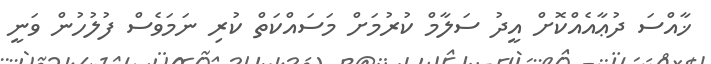
ޚާއްސަ ދުޢާއެއްކޮށް އީދު ސަލާމް ކުރުމަށް މަސައްކަތް ކުރި ނަމަވެސް ފުލުހުން ވަނީ